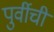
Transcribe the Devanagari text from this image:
पुर्वीची